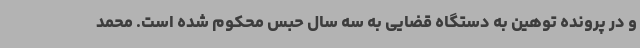
و در پرونده توهین به دستگاه قضایی به سه سال حبس محکوم شده است. محمد